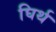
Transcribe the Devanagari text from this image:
घिर्थ